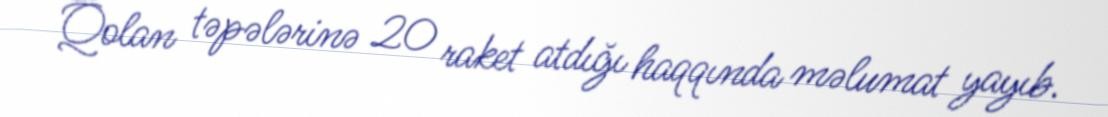
Qolan təpələrinə 20 raket atdığı haqqında məlumat yayıb.